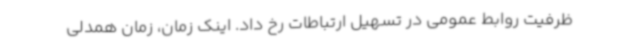
ظرفیت روابط عمومی در تسهیل ارتباطات رخ داد. اینک زمان، زمان همدلی